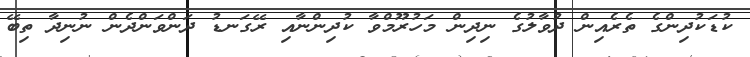
ކުޑަކުދިންގެ ތެރެއިން ދުވާލުގެ ނިދިން މަހުރޫމްވާ ކުދިންނާއި ރޭގަނޑު ދަންވަންދެން ނުނިދާ ތިބޭ